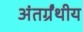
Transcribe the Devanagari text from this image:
अंतर्ग्रंथीय